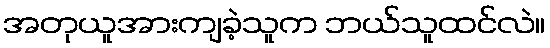
အတုယူအားကျခဲ့သူက ဘယ်သူထင်လဲ။